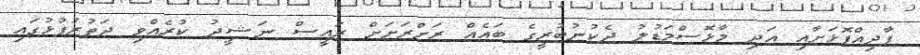
ފާދިއްޕޮޅަށާއި އަދި މާޅޮސްމަޑުލު ދެކުނުބުރީގެ ބައެއް ރަށްރަށަށް ރައީސް ނަޝީދު ކުރެއްވި ދަތުރުފުޅުގައި